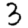
Digit: 3